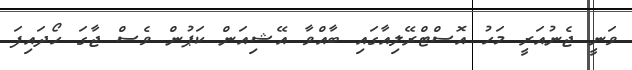
ވަނީ ޖެނުއަރީ މަހު އޮސްޓްރޭލިއާގައި ބާއްވާ އޭޝިއަން ކަޕުން ވެސް ޖާގަ ހޯދައިފަ